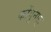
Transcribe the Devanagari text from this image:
कोंगुनाटु